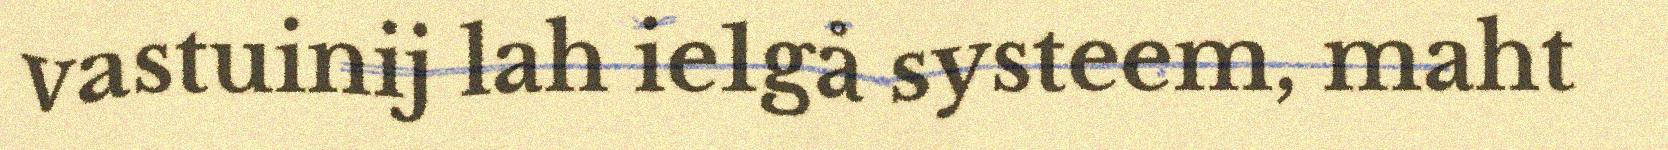
vastuinij lah ie1gå systeem, maht